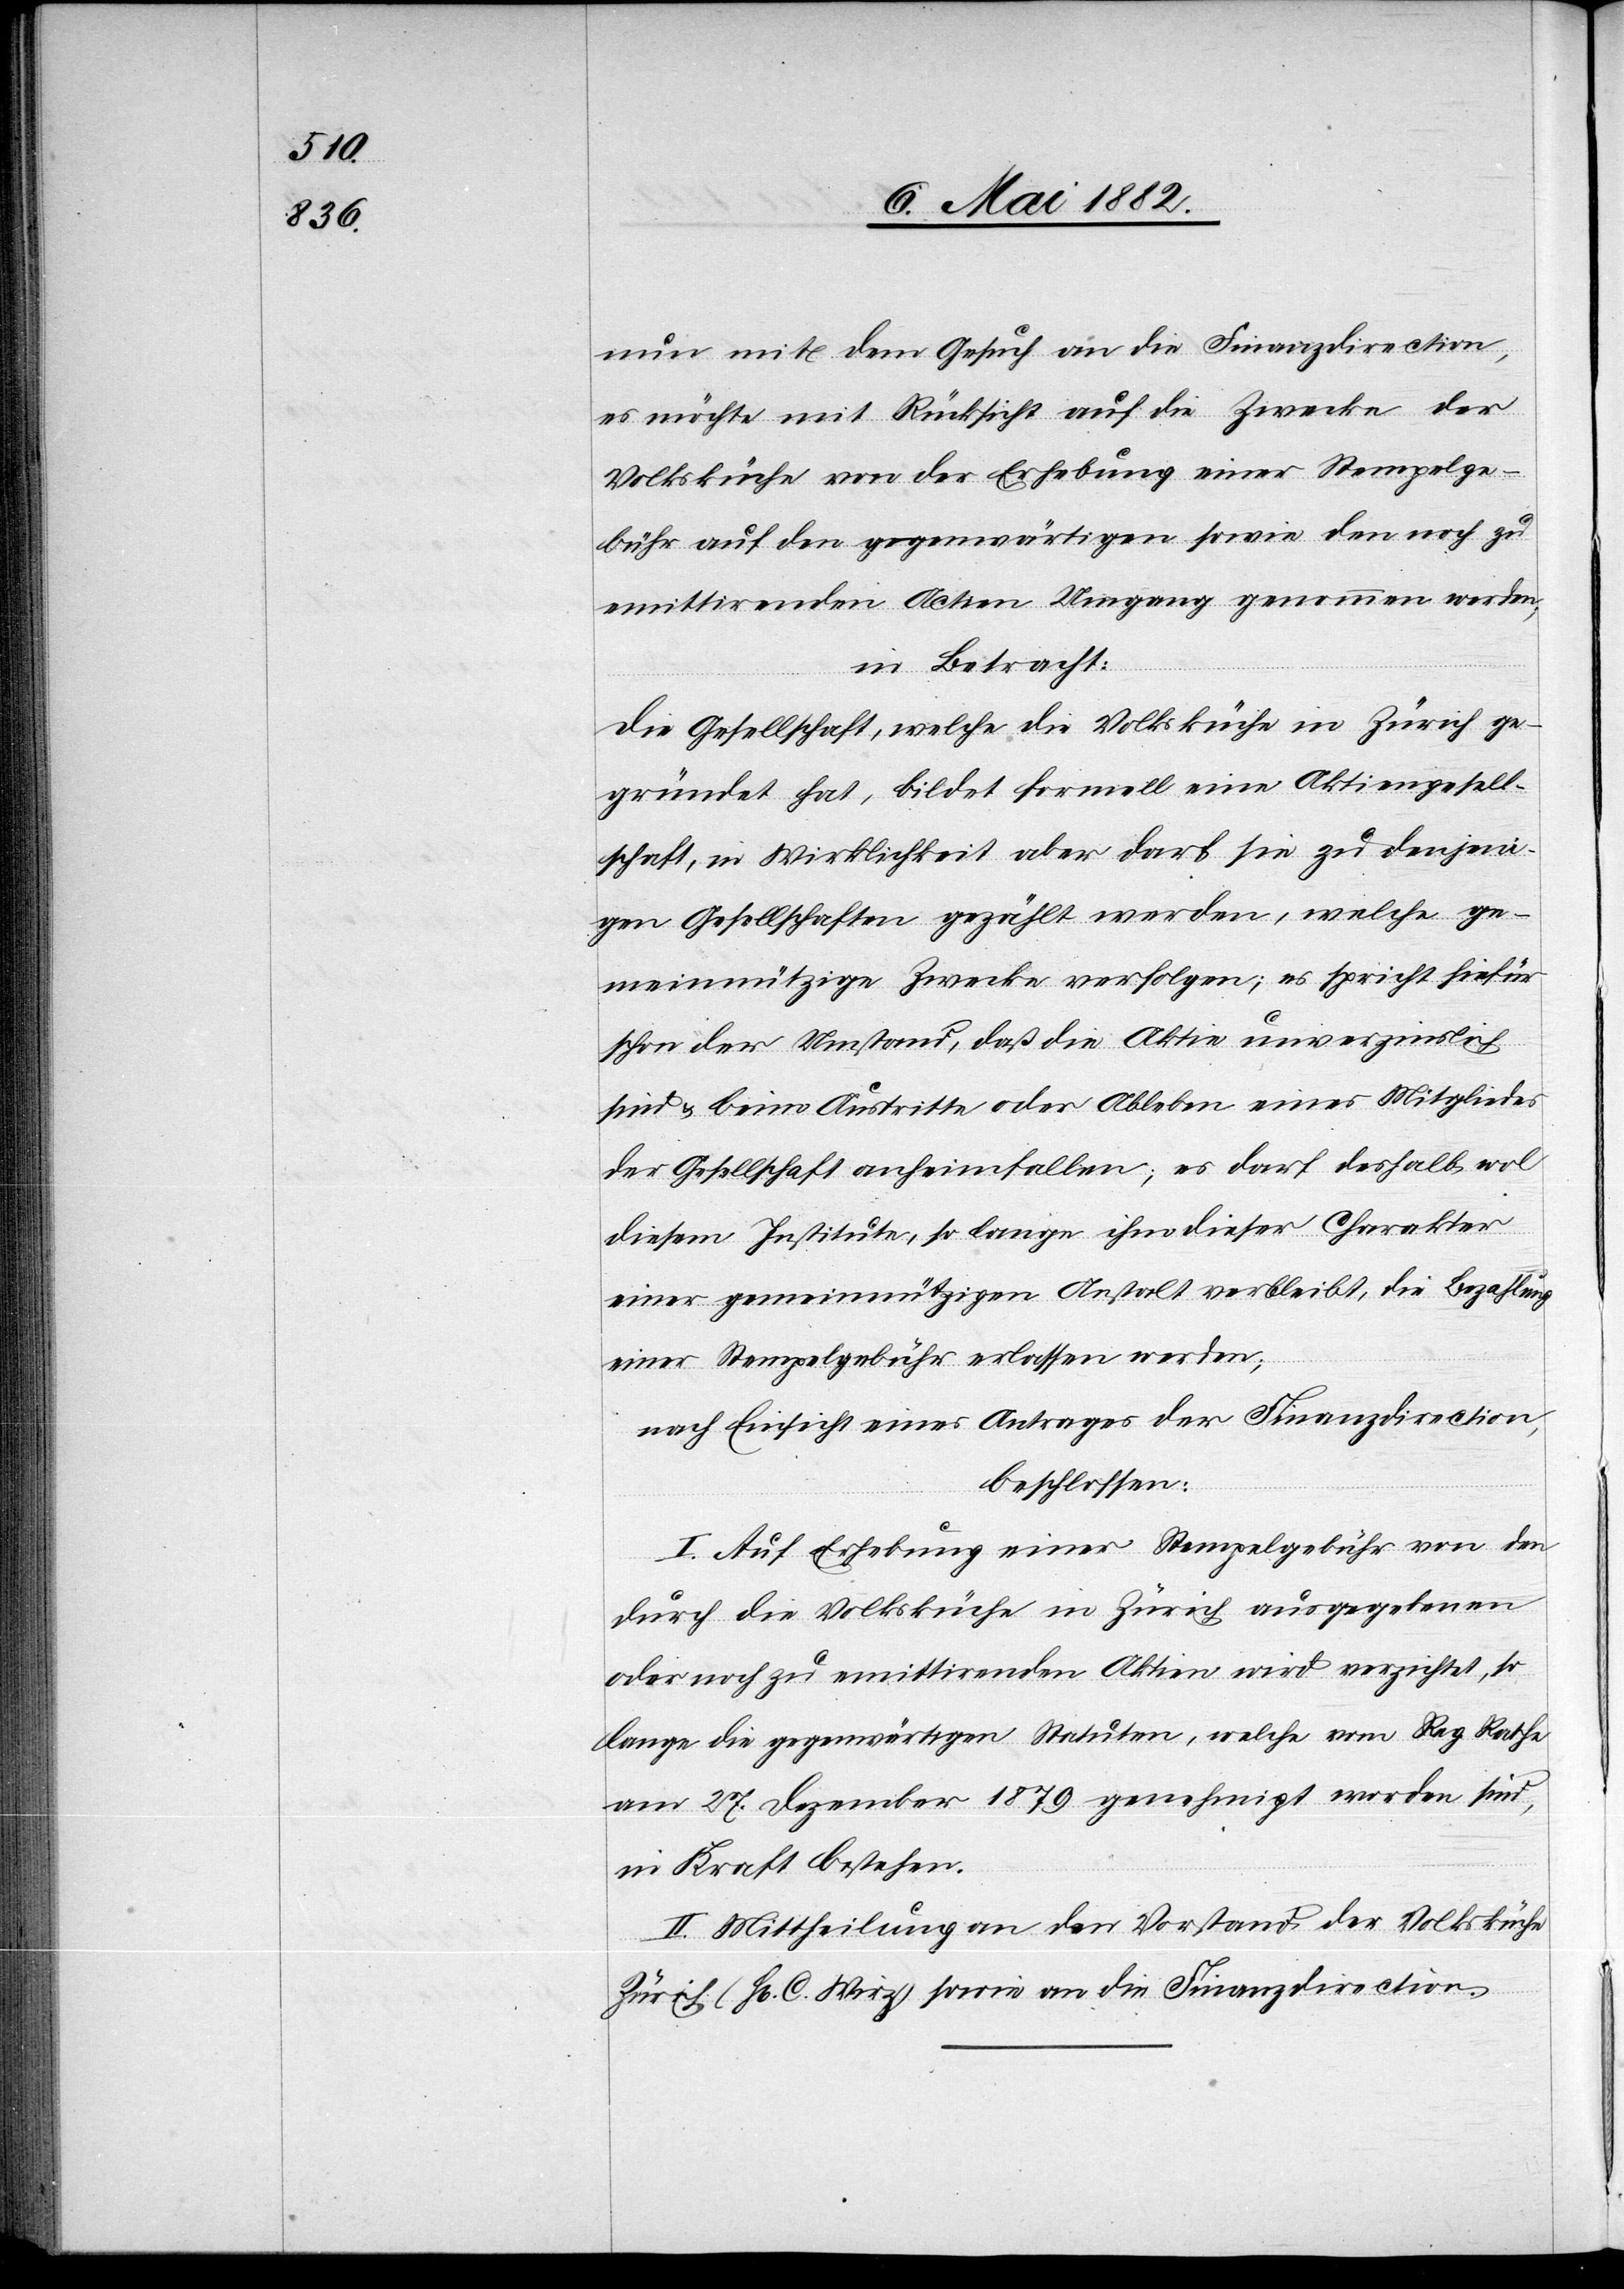
nun mit dem Gesuch an die Finanzdirection,
es möchte mit Rücksicht auf die Zwecke der
Volksküche von der Erhebung einer Stempelge¬
bühr auf den gegenwärtigen sowie den noch zu
emittirenden Actien Umgang genommen werden;
in Betracht:
Die Gesellschaft, welche die Volksküche in Zürich ge¬
gründet hat, bildet formell eine Aktiengesell¬
schaft, in Wirklichkeit aber darf sie zu denjeni¬
gen Gesellschaften gezählt werden, welche ge¬
meinnützige Zwecke verfolgen; es spricht hiefür
schon der Umstand, daß die Aktien unverzinslich
sind & beim Austritte oder Ableben eines Mitgliedes
der Gesellschaft anheimfallen; es darf deshalb wol
diesem Institute, so lange ihm dieser Charakter
einer gemeinnützigen Anstalt verbleibt, die Bezahlung
einer Stempelgebühr erlassen werden;
nach Einsicht eines Antrages der Finanzdirection,
beschlossen:
I. Auf Erhebung einer Stempelgebühr von den
durch die Volksküche in Zürich ausgegebenen
oder noch zu emittirenden Aktien wird verzichtet, so
lange die gegenwärtigen Statuten, welche vom Reg. Rathe
am 27. Dezember 1879 genehmigt worden sind,
in Kraft bestehen.
II. Mittheilung an den Vorstand der Volksküche
Zürich (H[rn]. C. Wirz) sowie an die Finanzdirection.